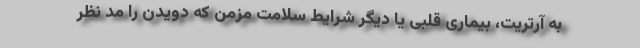
به آرتریت، بیماری قلبی یا دیگر شرایط سلامت مزمن که دویدن را مد نظر